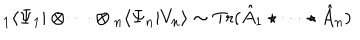
LaTeX: { } _ { 1 } \langle \Psi _ { 1 } | \otimes \cdots \otimes { } _ { n } \langle \Psi _ { n } | V _ { n } \rangle \sim \mathrm { T r } ( \hat { A } _ { 1 } \star \cdots \star \hat { A } _ { n } )